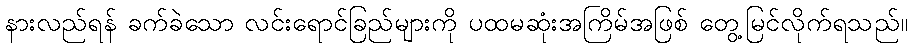
နားလည်ရန် ခက်ခဲသော လင်းရောင်ခြည်များကို ပထမဆုံးအကြိမ်အဖြစ် တွေ့မြင်လိုက်ရသည်။